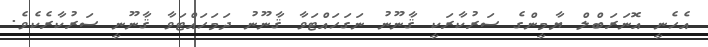
އެހެނީ އޮނަރަބްލް ޔާމީންގެ ސަރުކާރަކީ ޤާނޫނު ނަގަހައްޓަވާ ޤާނޫނު ދަމަހައްޓަވާ ޤާނޫނީ ސަރުކާރެކެވެ.